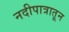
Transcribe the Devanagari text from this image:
नदीपात्रातून